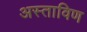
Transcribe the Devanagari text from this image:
अस्ताविण